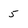
Character: 5